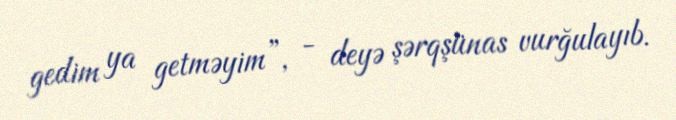
gedim ya getməyim”, - deyə şərqşünas vurğulayıb.